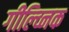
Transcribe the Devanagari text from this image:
गील्व्निक